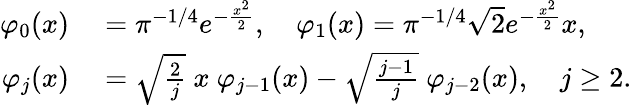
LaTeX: \begin{array}{rl}{\varphi_{0}(x)}&{{}=\pi^{-1/4}e^{-\frac{x^{2}}{2}},\quad\varphi_{1}(x)=\pi^{-1/4}\sqrt{2}e^{-\frac{x^{2}}{2}}x,}\\ {\varphi_{j}(x)}&{{}=\sqrt{\frac{2}{j}}\ x\ \varphi_{j-1}(x)-\sqrt{\frac{j-1}{j}}\ \varphi_{j-2}(x),\quad j\geq 2.}\end{array}